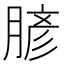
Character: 𦞎